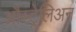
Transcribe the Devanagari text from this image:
औस्ट्रेलिअन